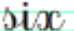
six